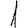
Digit: 1